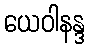
ယေဝါနန္ဒ